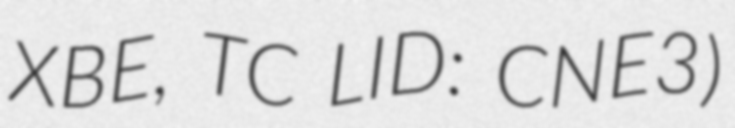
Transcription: XBE, TC LID: CNE3)